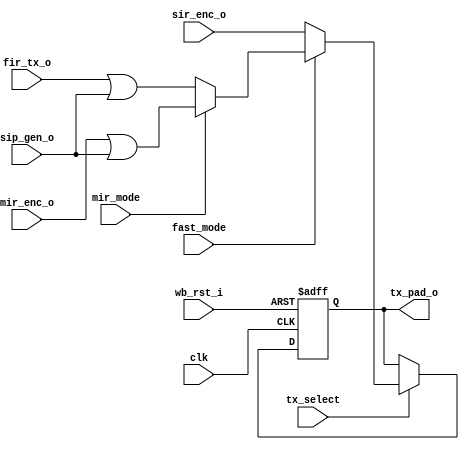
module irda_out_mux (clk, wb_rst_i, sir_enc_o, mir_enc_o, fir_tx_o, sip_gen_o, 
			fast_mode, tx_select, mir_mode, tx_pad_o);
// sampled mux for IrDA main output 
input		clk;
input		wb_rst_i;
input		sir_enc_o;
input		mir_enc_o;
input		fir_tx_o;
input		sip_gen_o;
input		fast_mode;
input		tx_select;
input		mir_mode;

output	tx_pad_o;
reg		tx_pad_o;

always @(posedge clk or posedge wb_rst_i)
begin
	if (wb_rst_i) begin
		tx_pad_o <= #1 0;
	end else if (tx_select) begin
		if (~fast_mode)
			tx_pad_o <= #1 sir_enc_o;
		else if (mir_mode)
			tx_pad_o <= #1 mir_enc_o | sip_gen_o;
		else
			tx_pad_o <= #1 fir_tx_o | sip_gen_o;
	end
end

endmodule